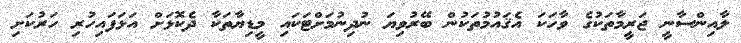
ލާއިންސާނީ ޖަރީމާތަކުގެ ވާހަކަ އެޤައުމުތަކުން ބޭރުވިޔަ ނުދިނުމަށްޓަކައި މީޑިޔާތަކާ ދެކޮޅަށް އަޅަފައިހުރި ހަރުކަށި